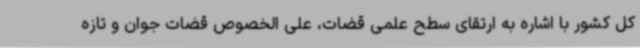
کل کشور با اشاره به ارتقای سطح علمی قضات، علی الخصوص قضات جوان و تازه